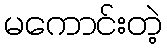
မကောင်းတဲ့